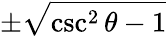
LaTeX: \pm{\sqrt{\csc^{2}\theta-1}}